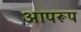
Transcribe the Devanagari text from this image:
आपरूप